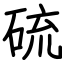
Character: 硫